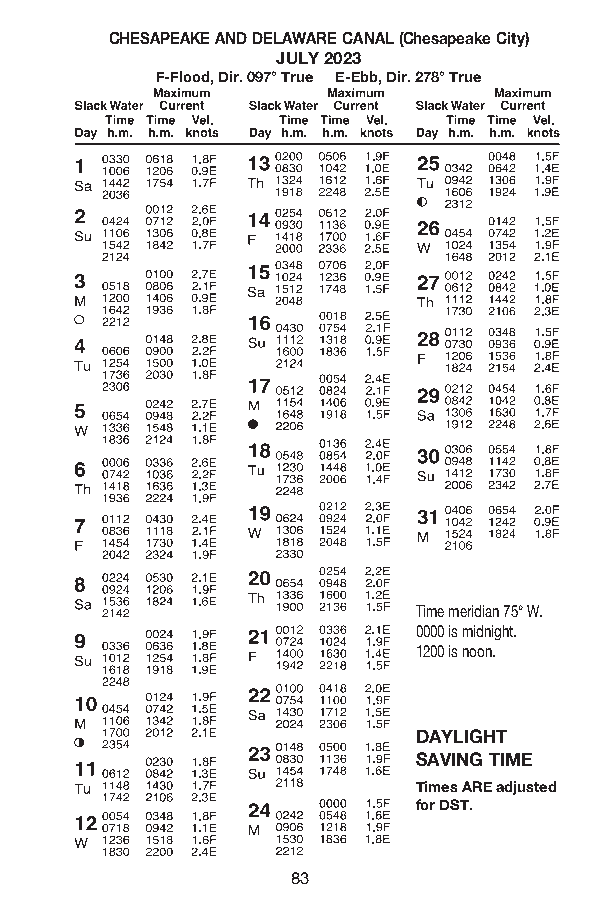
CHESAPEAKE AND DELAWARE CANAL (Chesapeake City)
 JULY 2023
 F-Flood, Dir . 097° True E-Ebb, Dir . 278° True
 Time meridian 75° W.
 0000 is midnight.
 1200 is noon.
 DAYLIGHT
 SAVING TIME
 Times ARE adjusted
 for DST.
 83